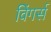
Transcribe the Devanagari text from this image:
विंगर्स